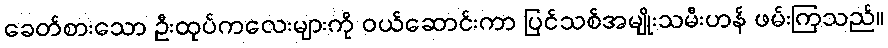
ခေတ်စားသော ဦးထုပ်ကလေးများကို ဝယ်ဆောင်းကာ ပြင်သစ်အမျိုးသမီးဟန် ဖမ်းကြသည်။